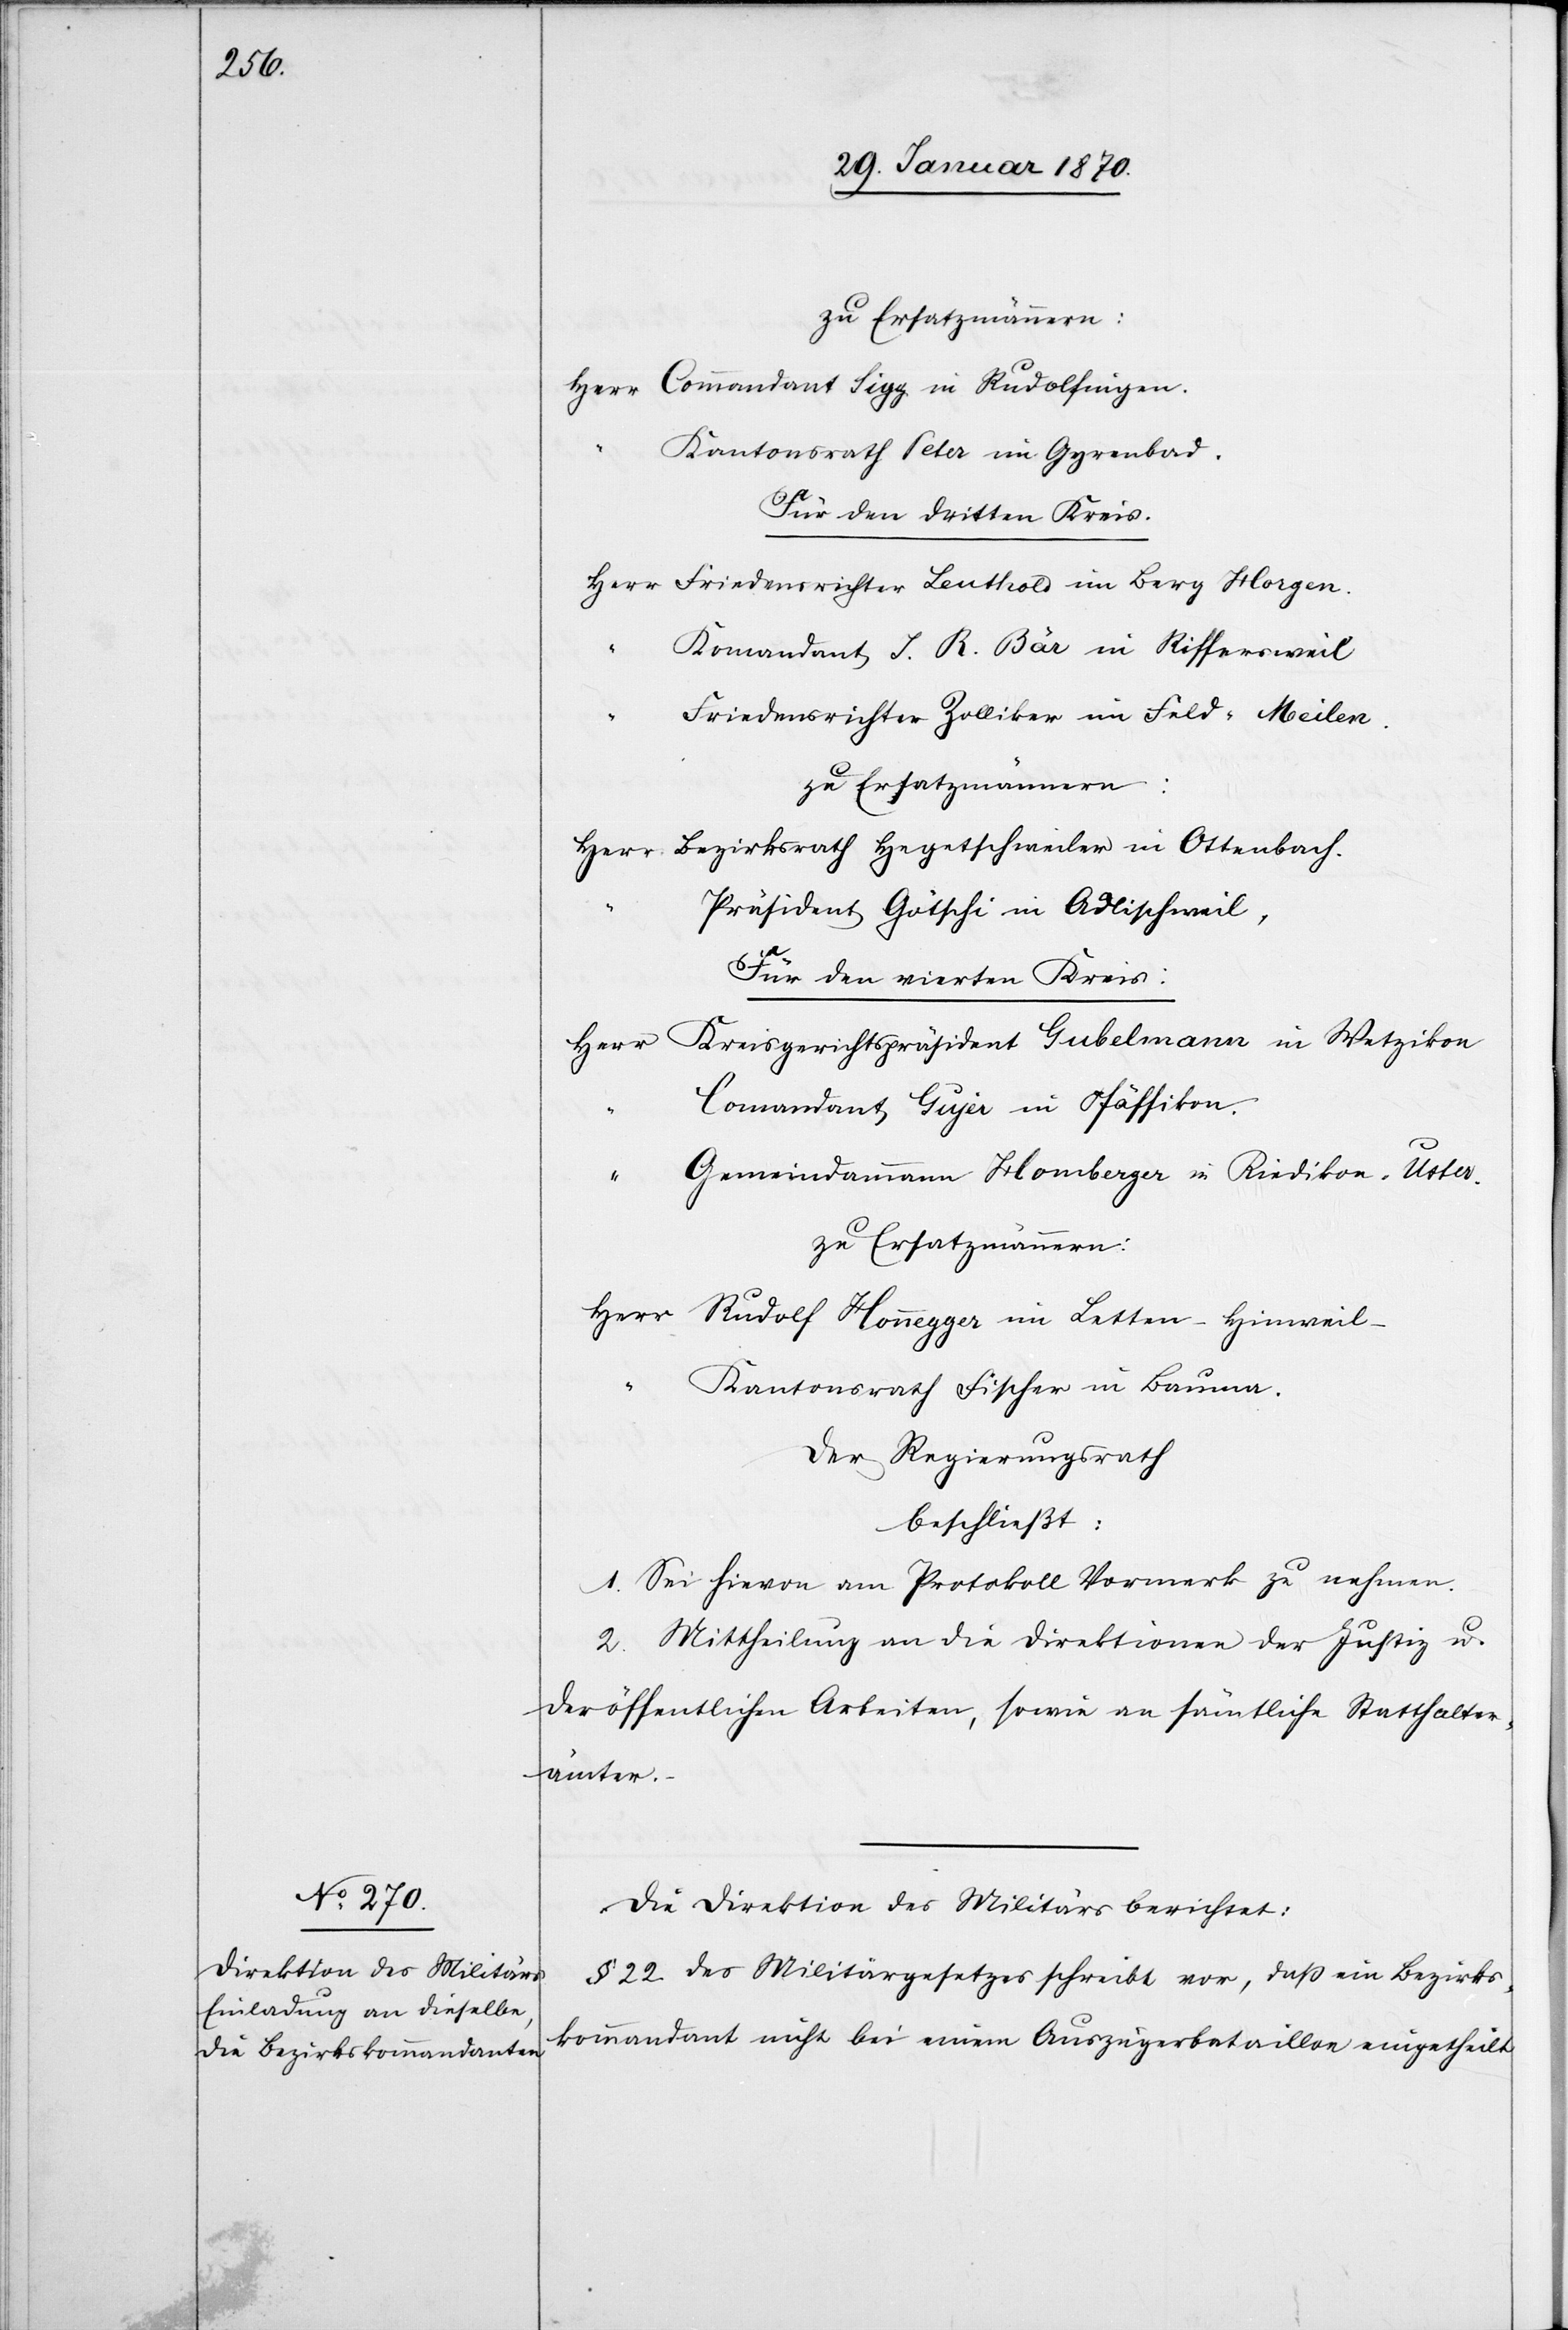
zu Ersatzmännern:
Herr Commandant Sigg in Rudolfingen.
Kantonsrath Seta im Gyrenbad.
Für den dritten Kreis.
Herr Friedensrichter Leuthold im Berg Horgen.
Komandant J. R. Bär in Riffersweil
Friedensrichter Zolliker im Feld-Meilen.
zu Ersatzmännern:
Herr Bezirksrath Hegetschweiler in Ottenbach.
Präsident Götschi in Adlischweil,
Für den vierten Kreis:
Herr Kreisgerichtspräsident Gubelmann in Wetzikon
Comandant Guyer in Pfäffikon.
“ Gemeindammann Homberger in Riedikon-Uster.
zu Ersatzmännern:
Herr Rudolf Honegger im Latten – Hinweil.
Kantonsrath Fischer in Bauma.
Der Regierungsrath
beschließt:
1. Sei hievon am Protokoll Vormerk zu nehmen.
2. Mittheilung an die Direktion der Justiz u.
der öffentlichen Arbeiten, sowie an sämtliche Statthalter¬
ämter.
Die Direktion des Militärs berichtet:
§ 22 des Militärgesetzes schreibt vor, dass ein Bezirks¬
kommandant nicht bei einem Auszügerbataillon eingetheilt